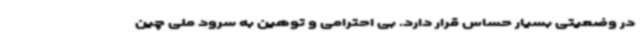
در وضعیتی بسیار حساس قرار دارد. بی احترامی و توهین به سرود ملی چین